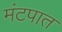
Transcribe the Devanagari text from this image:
मंटपात